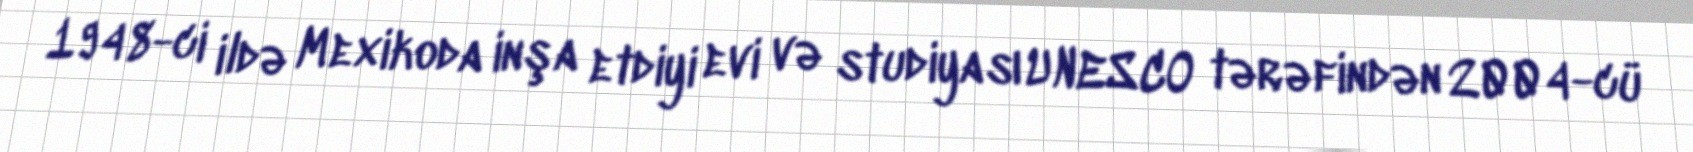
1948-ci ildə Mexikoda inşa etdiyi evi və studiyası UNESCO tərəfindən 2004-cü